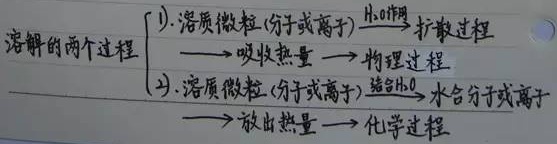
溶解的两个过程
\[
\begin{cases}
(1). 溶质微粒(分子或离子)\xrightarrow{\text{H}_2\text{O}作用}扩散过程\\
\quad\quad\quad\quad\quad\quad\quad\quad\longrightarrow吸收热量\longrightarrow物理过程\\
(2). 溶质微粒(分子或离子)\xrightarrow{\text{结合H}_2\text{O}}水合分子或离子\\
\quad\quad\quad\quad\quad\quad\quad\quad\longrightarrow放出热量\longrightarrow化学过程
\end{cases}
\]